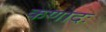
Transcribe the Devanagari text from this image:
कणादः